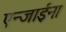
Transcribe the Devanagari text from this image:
एन्जाईना